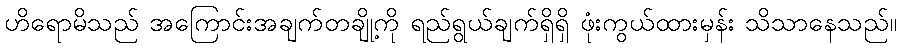
ဟိရောမိသည် အကြောင်းအချက်တချို့ကို ရည်ရွယ်ချက်ရှိရှိ ဖုံးကွယ်ထားမှန်း သိသာနေသည်။